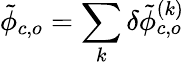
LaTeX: \tilde{\phi}_{c,o}=\sum_{k}\delta\tilde{\phi}_{c,o}^{(k)}